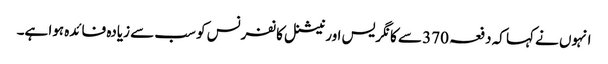
انہوں نے کہا کہ دفعہ 370 سے کانگریس اور نیشنل کانفرنس کو سب سے زیادہ فائدہ ہوا ہے۔